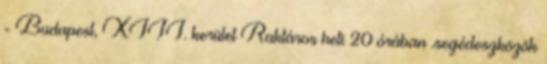
- Budapest, XIII. kerület Raktáros heti 20 órában .segédeszközök